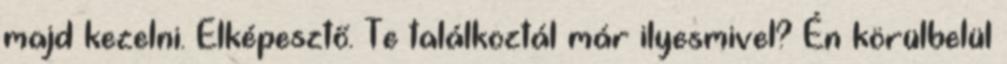
majd kezelni. Elképesztő. Te találkoztál már ilyesmivel? Én körülbelül